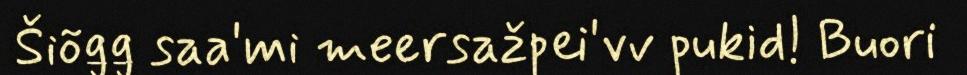
Šiõǥǥ saa'mi meersažpei'vv pukid! Buori